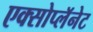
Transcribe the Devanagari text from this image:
एक्सोप्लॅनेट